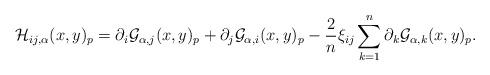
LaTeX: \begin{align*}\mathcal{H}_{ij,\alpha}(x,y)_p=\partial_i\mathcal{G}_{\alpha,j}(x,y)_p+\partial_j\mathcal{G}_{\alpha,i}(x,y)_p-\frac{2}{n}\xi_{ij}\sum_{k=1}^n\partial_k\mathcal{G}_{\alpha,k}(x,y)_p.\end{align*}